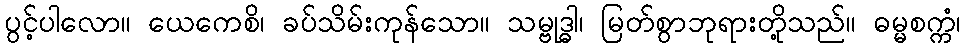
ပွင့်ပါလော။ ယေကေစိ၊ ခပ်သိမ်းကုန်သော။ သမ္ဗုဒ္ဓါ၊ မြတ်စွာဘုရားတို့သည်။ ဓမ္မစက္ကံ၊